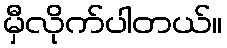
မှီလိုက်ပါတယ်။